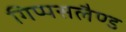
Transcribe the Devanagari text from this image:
गिप्पसलैण्ड